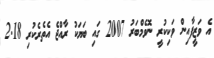
އެ ވަޒީފާއިން ވަކިކުރީ ނޮވެމްބަރު 2007 ގައި ބަޔަކު ރާއްޖެ އެތެރެކުރި 2.18